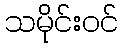
သမိုင်းဝင်